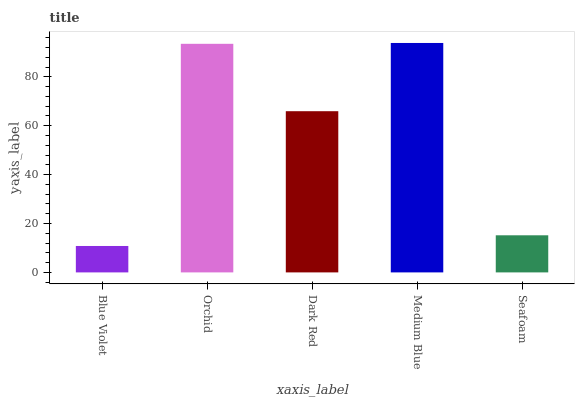
| xaxis_label | bars |
 | --- | --- |
 | Blue Violet | 10.8 |
 | Orchid | 93.5 |
 | Dark Red | 65.9 |
 | Medium Blue | 93.8 |
 | Seafoam | 15.2 |